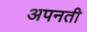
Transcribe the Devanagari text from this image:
अपनती